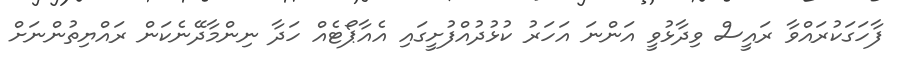
ފާހަގަކުރައްވާ ރައީސް ވިދާޅުވީ އަންނަ އަހަރު ކުޅުދުއްފުށީގައި އެއާޕޯޓެއް ހަދާ ނިންމާދޭނެކަން ރައްޔިތުންނަށް